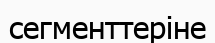
сегменттеріне